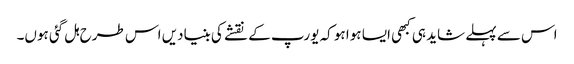
اس سے پہلے شاید ہی کبھی ایسا ہوا ہو کہ یورپ کے نقشے کی بنیادیں اس طرح ہل گئی ہوں۔